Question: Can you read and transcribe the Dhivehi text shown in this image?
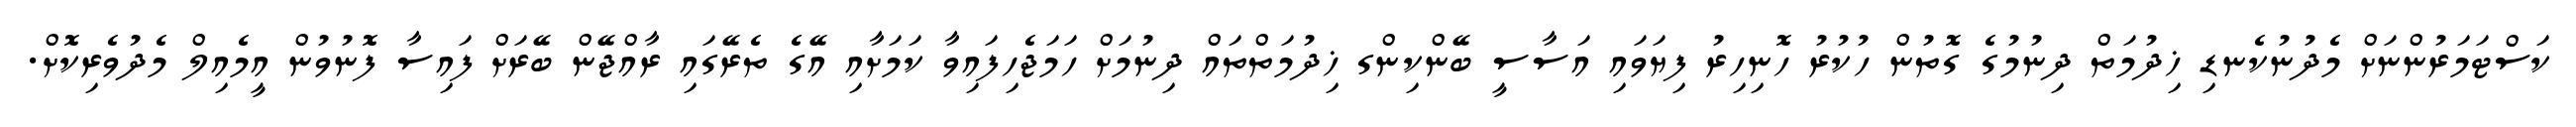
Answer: ކަސްޓަމަރުންނަށް މެދުނުކެނޑި ޚިދުމަތް ދިނުމުގެ ގޮތުން ހުކުރު ހޮނިހިރު ފިޔަވައި އަސާސީ ބޭންކިންގ ޚިދުމަތްތައް ދިނުމަށް ހަމަޖެހިފައިވާ ކަމަށާއި އޭގެ ތެރޭގައި ރާއްޖޭން ބޭރަށް ފައިސާ ފޮނުވުން އީމެއިލް މެދުވެރިކޮށް.